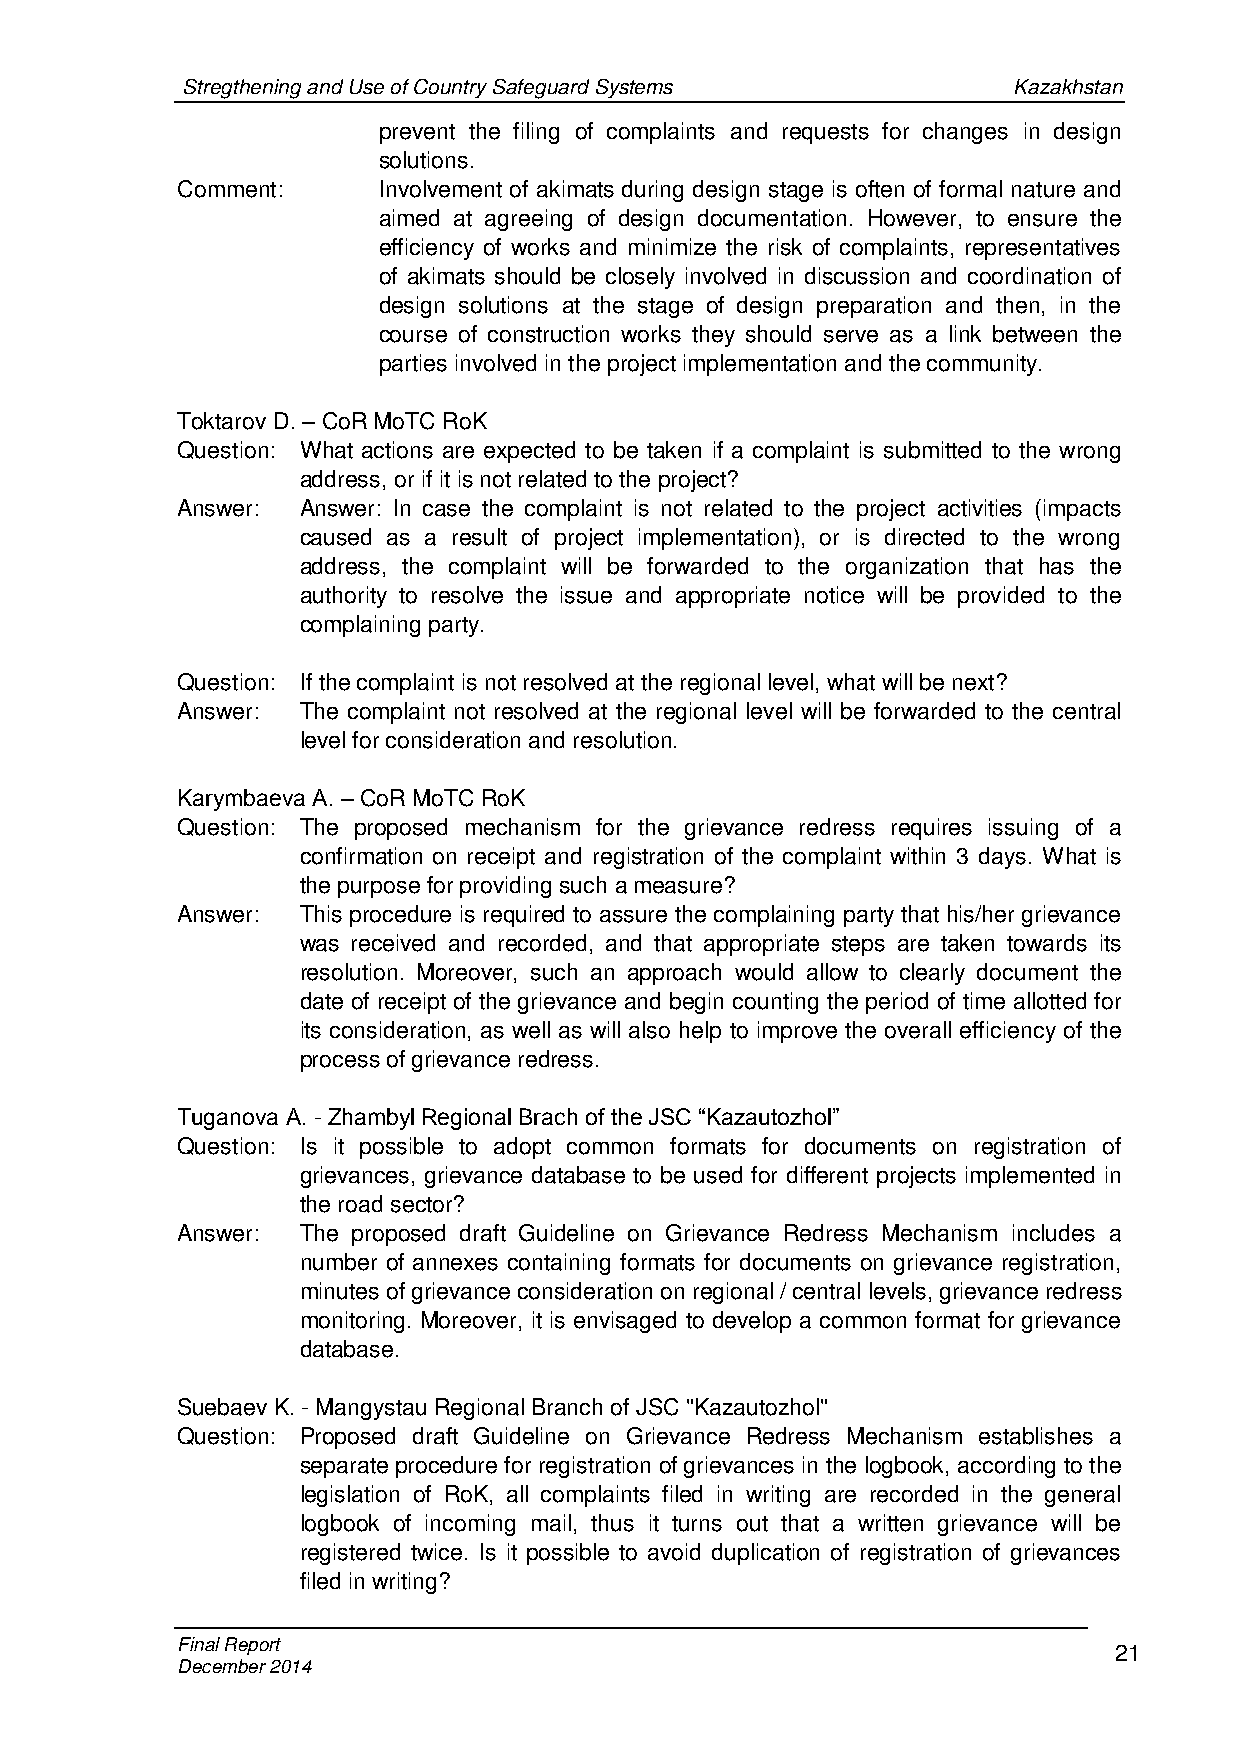
Stregthening and Use of Country Safeguard Systems      Kazakhstan
 prevent the filing of complaints and requests for changes in design
 solutions.
 Comment:     Involvement of akimats during design stage is often of formal nature and
 aimed at agreeing of design documentation. However, to ensure the
 efficiency of works and minimize the risk of complaints, representatives
 of akimats should be closely involved in discussion and coordination of
 design solutions at the stage of design preparation and then, in the
 course of construction works they should serve as a link between the
 parties involved in the project implementation and the community.
 Toktarov D. – CoR MoTC RoK
 Question: What actions are expected to be taken if a complaint is submitted to the wrong
 address, or if it is not related to the project?
 Answer: Answer: In case the complaint is not related to the project activities (impacts
 caused as a result of project implementation), or is directed to the wrong
 address, the complaint will be forwarded to the organization that has the
 authority to resolve the issue and appropriate notice will be provided to the
 complaining party.
 Question: If the complaint is not resolved at the regional level, what will be next?
 Answer: The complaint not resolved at the regional level will be forwarded to the central
 level for consideration and resolution.
 Karymbaeva А. – CoR MoTC RoK
 Question: The proposed mechanism for the grievance redress requires issuing of a
 confirmation on receipt and registration of the complaint within 3 days. What is
 the purpose for providing such a measure?
 Answer: This procedure is required to assure the complaining party that his/her grievance
 was received and recorded, and that appropriate steps are taken towards its
 resolution. Moreover, such an approach would allow to clearly document the
 date of receipt of the grievance and begin counting the period of time allotted for
 its consideration, as well as will also help to improve the overall efficiency of the
 process of grievance redress.
 Tuganova А. - Zhambyl Regional Brach of the JSC “Kazautozhol”
 Question: Is it possible to adopt common formats for documents on registration of
 grievances, grievance database to be used for different projects implemented in
 the road sector?
 Answer: The proposed draft Guideline on Grievance Redress Mechanism includes a
 number of annexes containing formats for documents on grievance registration,
 minutes of grievance consideration on regional / central levels, grievance redress
 monitoring. Moreover, it is envisaged to develop a common format for grievance
 database.
 Suebaev K. - Mangystau Regional Branch of JSC "Kazautozhol"
 Question: Proposed draft Guideline on Grievance Redress Mechanism establishes a
 separate procedure for registration of grievances in the logbook, according to the
 legislation of RoK, all complaints filed in writing are recorded in the general
 logbook of incoming mail, thus it turns out that a written grievance will be
 registered twice. Is it possible to avoid duplication of registration of grievances
 filed in writing?
 Final Report                                                  21
 December 2014